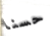
حسنا